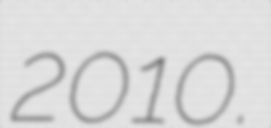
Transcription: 2010.